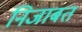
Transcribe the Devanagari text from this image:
निजाबत